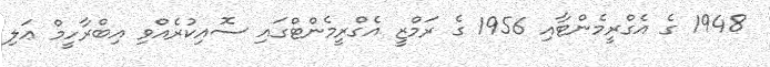
1948 ގެ އެގްރީމެންޓާއި 1956 ގެ ރަމްޒީ އެގްރީމެންޓްގައި ސޮއިކުރެއްވި އިބްރާހީމް ޢަލި